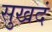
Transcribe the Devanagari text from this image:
सुखदं